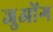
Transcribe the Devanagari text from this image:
जुओंग